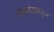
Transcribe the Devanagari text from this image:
वाळवंटाकडुन